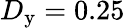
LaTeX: D_{\mathrm{y}}=0.25